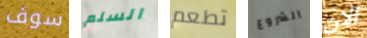
سوف السلم تطعم الشروع الان